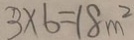
3 \times 6 = 1 8 m ^ { 2 }